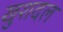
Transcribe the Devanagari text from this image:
खुशदल